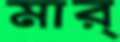
মার্